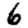
Digit: 6